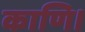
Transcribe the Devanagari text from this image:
काणि।